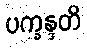
ပက္ခန္ဒတိ